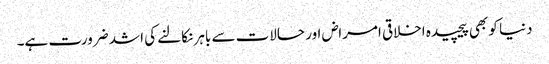
دنیا کو بھی پیچیدہ اخلاقی امراض اور حالات سے باہر نکالنے کی اشد ضرورت ہے۔